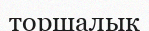
торшалык